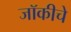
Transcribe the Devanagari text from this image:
जॉकीचे